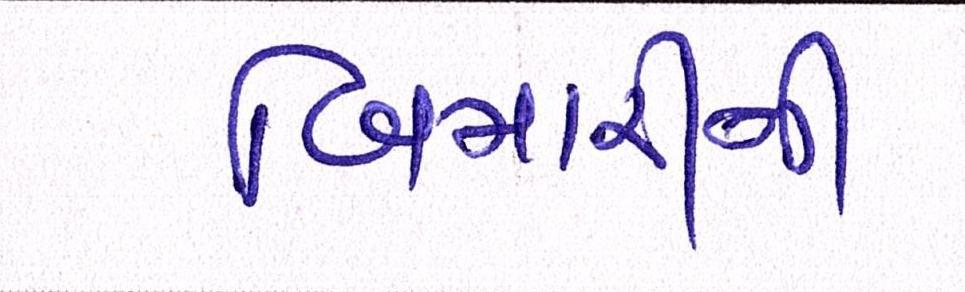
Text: બિમારીની